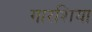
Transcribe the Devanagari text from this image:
गारशिया